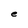
Character: e